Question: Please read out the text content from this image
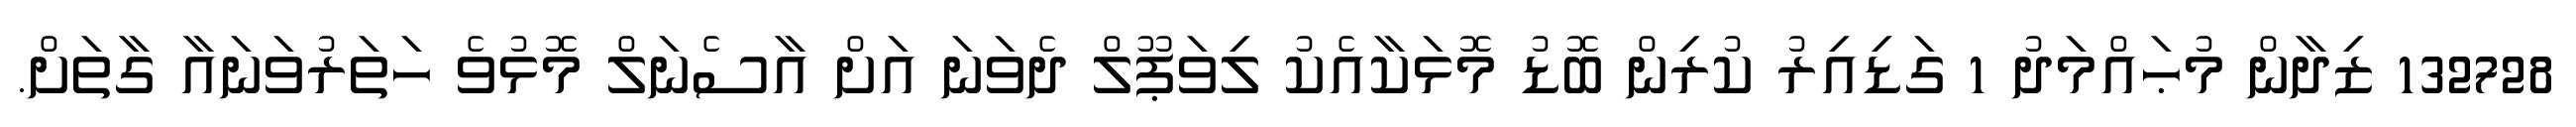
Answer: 132728 ޒިދާން މުޙައްމަދު 1 ގަޑިއިރު ކުރިން ބޮޑު މޮޅަކާއެކު ލިވަޕޫލް ދެވަނަ އަށް އާސެނަލް މޮޅުވެ ހަތަރުވަނައާ ގާތަށް.